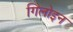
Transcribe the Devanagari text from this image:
गिलोइन